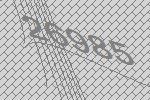
26985